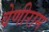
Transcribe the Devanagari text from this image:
वेणीराम